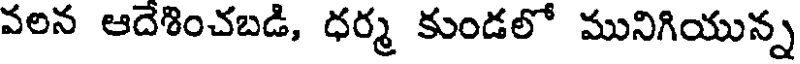
వరిన ఆదేశించబడి, ధర్మ కుండలో మునిగియున్న